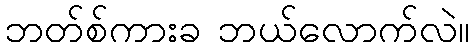
ဘတ်စ်ကားခ ဘယ်လောက်လဲ။